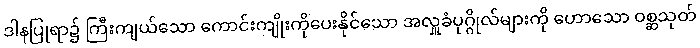
ဒါနပြုရာ၌ ကြီးကျယ်သော ကောင်းကျိုးကိုပေးနိုင်သော အလှူခံပုဂ္ဂိုလ်များကို ဟောသော ဝစ္ဆသုတ်